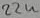
Text: 22u